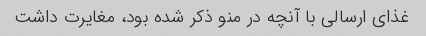
غذای ارسالی با آنچه در منو ذکر شده بود، مغایرت داشت